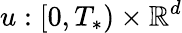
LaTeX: u:[0,T_{*})\times\mathbb{R}^{d}